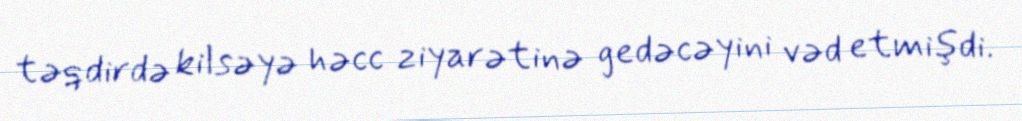
təqdirdə kilsəyə həcc ziyarətinə gedəcəyini vəd etmişdi.